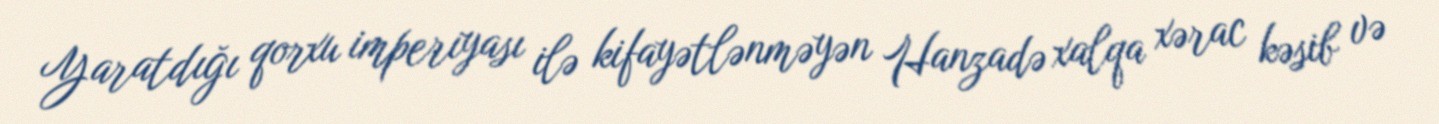
Yaratdığı qorxu imperiyası ilə kifayətlənməyən Hanzadə xalqa xərac kəsib və